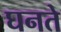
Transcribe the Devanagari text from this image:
घनते